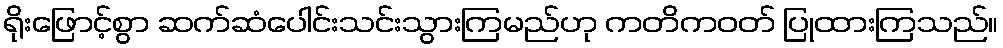
ရိုးဖြောင့်စွာ ဆက်ဆံပေါင်းသင်းသွားကြမည်ဟု ကတိကဝတ် ပြုထားကြသည်။